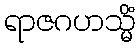
ရာဇဂဟသ္မိံ